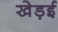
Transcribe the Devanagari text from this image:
खेड़ई